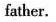
father.